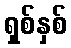
ရှစ်နှစ်